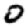
Digit: 0